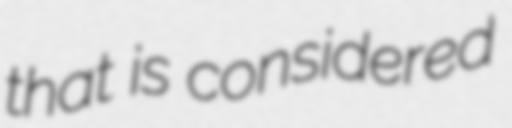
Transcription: that is considered